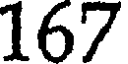
167